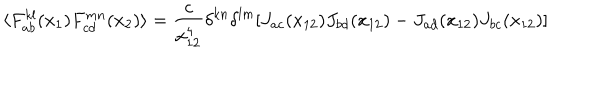
LaTeX: \langle F _ { a b } ^ { k l } ( x _ { 1 } ) F _ { c d } ^ { m n } ( x _ { 2 } ) \rangle = \frac { c } { x _ { 1 2 } ^ { 4 } } \delta ^ { k n } \delta ^ { l m } [ J _ { a c } ( x _ { 1 2 } ) J _ { b d } ( x _ { 1 2 } ) - J _ { a d } ( x _ { 1 2 } ) J _ { b c } ( x _ { 1 2 } ) ]